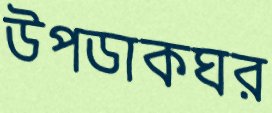
উপডাকঘর